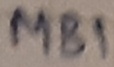
Text: MB1